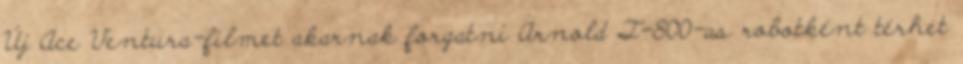
Új Ace Ventura-filmet akarnak forgatni Arnold T-800-as robotként térhet